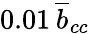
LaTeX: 0.01\, \overline{{b}}_{cc}